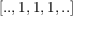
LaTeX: [ . . , 1 , 1 , 1 , . . ]